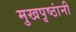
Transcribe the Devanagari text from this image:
मुखपृष्ठांनी